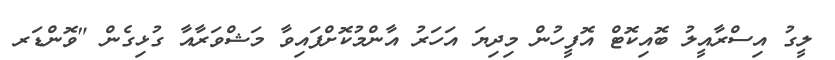
ލީގު އިސްރާއީލު ބޮއިކޮޓް އޮފީހުން މިދިޔަ އަހަރު އާންމުކޮށްފައިވާ މަޝްވަރާއާ ގުޅިގެން "ވޮންޑަރ